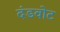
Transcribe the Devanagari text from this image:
दंडवोट